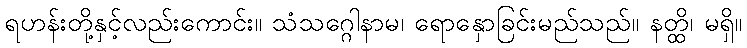
ရဟန်းတို့နှင့်လည်းကောင်း။ သံသဂ္ဂေါနာမ၊ ရောနှောခြင်းမည်သည်။ နတ္ထိ၊ မရှိ။